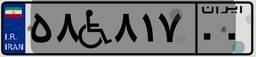
۵۸W۸۱۷۰۰